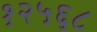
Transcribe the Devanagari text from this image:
१२५६८